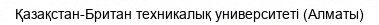
Қазақстан-Британ техникалық университеті (Алматы)